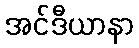
အင်ဒီယာနာ